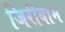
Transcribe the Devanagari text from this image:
जिरीबाम